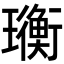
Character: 𤫄